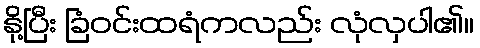
နို့ပြီး ခြံဝင်းထရံကလည်း လုံလှပါ၏။